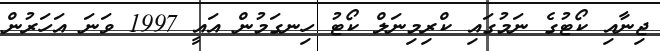
ޖިނާއި ކޯޓުގެ ނަމުގައި ކްރިމިނަލް ކޯޓު ހިނގަމުން އައީ 1997 ވަނަ އަހަރުން